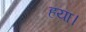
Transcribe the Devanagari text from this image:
हया।